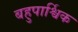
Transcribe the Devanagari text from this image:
बहुपार्श्विक